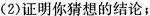
(2)证明你猜想的结论；